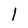
Character: 1